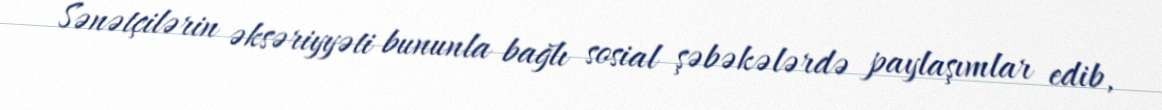
Sənətçilərin əksəriyyəti bununla bağlı sosial şəbəkələrdə paylaşımlar edib,